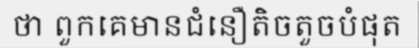
ថា ពួកគេមានជំនឿតិចតួចបំផុត